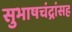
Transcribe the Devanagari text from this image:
सुभाषचंद्रांसह